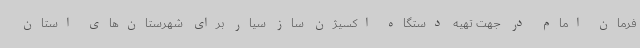
فرمان امام در جهت تهیه دستگاه اکسیژن ساز سیار برای شهرستان‌های استان